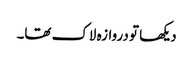
دیکھا تو دروازہ لاک تھا۔